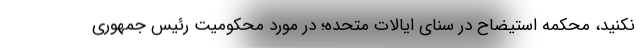
نکنید، محکمه استیضاح در سنای ایالات متحده؛ در مورد محکومیت رئیس جمهوری